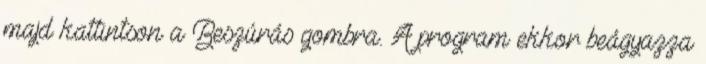
majd kattintson a Beszúrás gombra. A program ekkor beágyazza